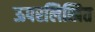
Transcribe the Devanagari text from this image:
ऊपरलिखित